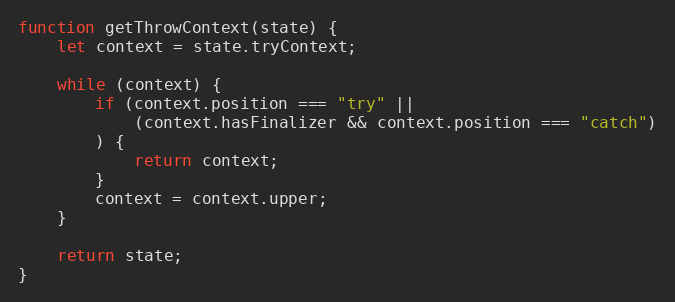
Language: JavaScript
function getThrowContext(state) {
    let context = state.tryContext;

    while (context) {
        if (context.position === "try" ||
            (context.hasFinalizer && context.position === "catch")
        ) {
            return context;
        }
        context = context.upper;
    }

    return state;
}